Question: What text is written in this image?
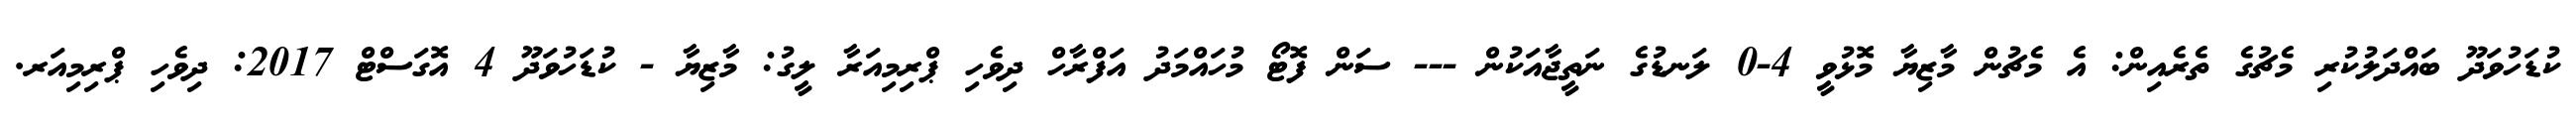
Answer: ކުޑަހުވަދޫ ބައްދަލުކުރި މެޗުގެ ތެރެއިން: އެ މެޗުން މާޒިޔާ މޮޅުވީ 4-0 ލަނޑުގެ ނަތީޖާއަކުން --- ސަން ފޮޓޯ މުހައްމަދު އަފްރާހް ދިވެހި ޕްރިމިއަރާ ލީގު: މާޒިޔާ - ކުޑަހުވަދޫ 4 އޮގަސްޓް 2017: ދިވެހި ޕްރިމިއަރ.